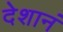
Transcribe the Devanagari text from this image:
देशानं